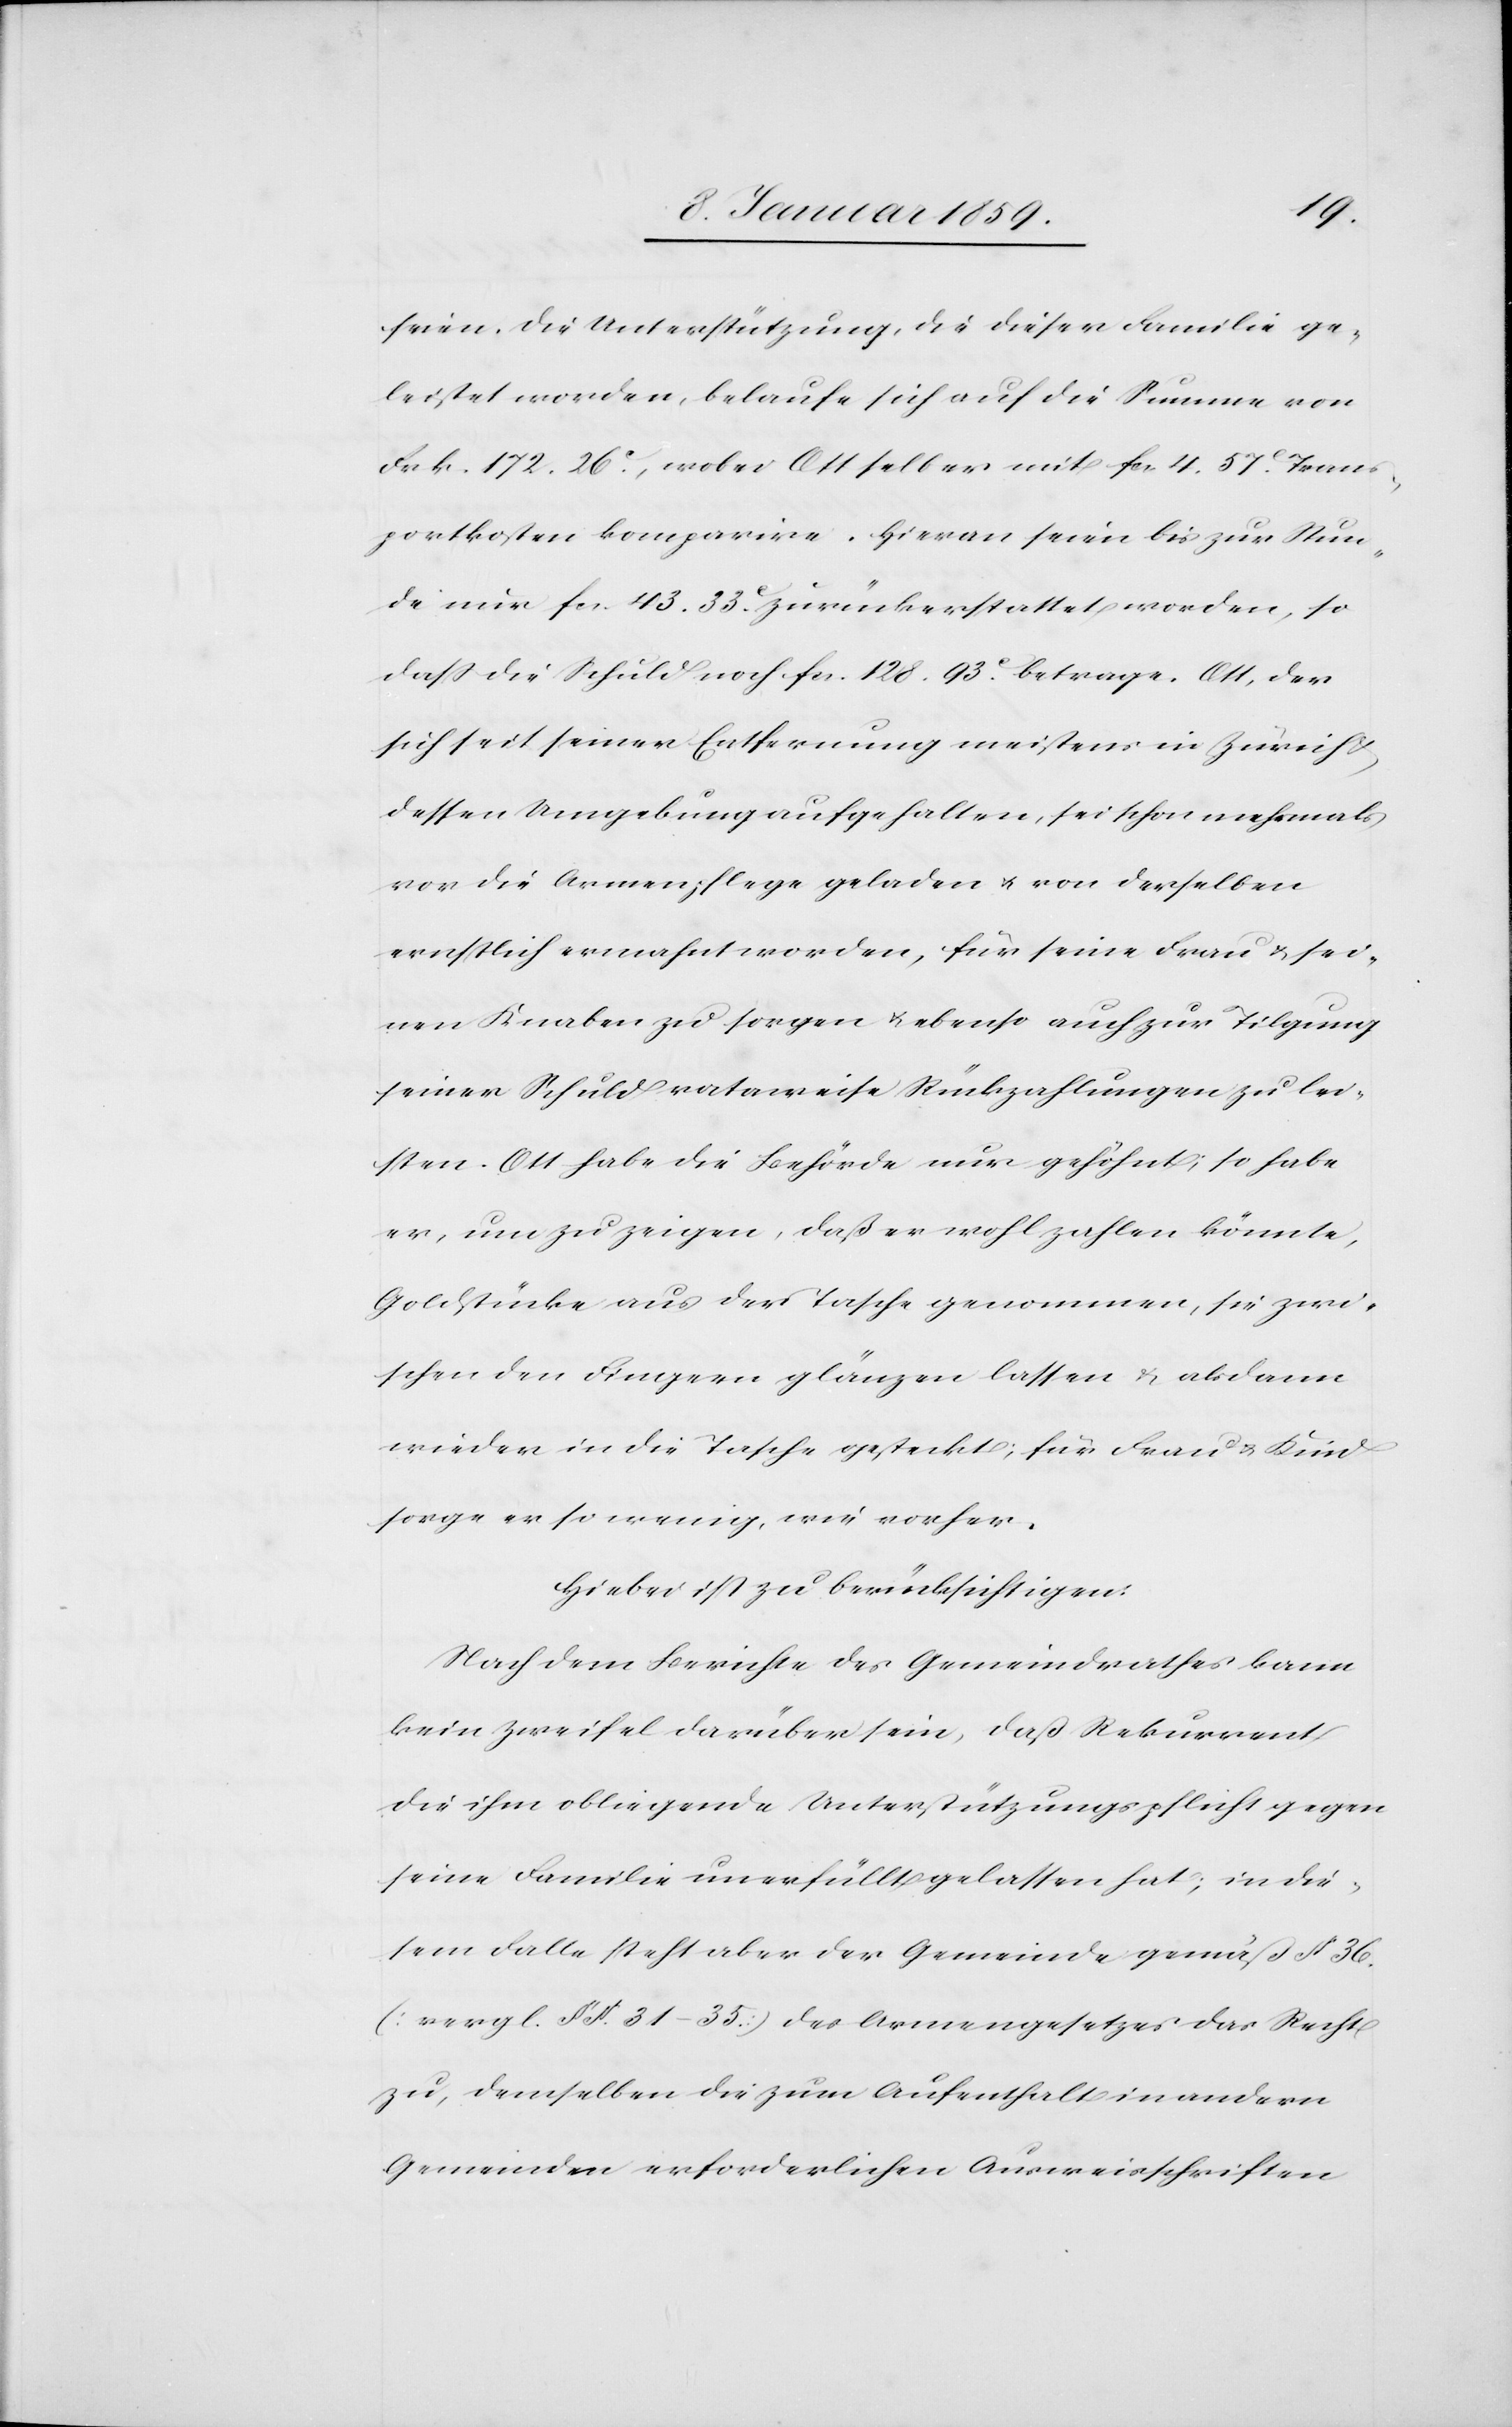
seien. Die Unterstützung, die dieser Familie ge¬
leistet worden, belaufe sich auf die Summe von
Frk. 172. 26.c, wobei Ott selber mit fcs 4. 57.c Trans¬
portkosten komparire. Hieran seien bis zur Stun¬
de nur fcs. 43. 33.c zurückerstattet worden, so
daß die Schuld noch fcs. 128. 93.c betrage. Ott, der
sich seit seiner Entfernung meistens in Zürich
dessen Umgebung aufgehalten, sei schon mehrmals
vor die Armenpflege geladen u. von derselben
ernstlich ermahnt worden, für seine Frau u. sei¬
nen Knaben zu sorgen u. ebenso auch zur Tilgung
seiner Schuld rataweise Rückzahlungen zu lei¬
sten. Ott habe die Behörde nur gehöhnt; so habe
er, um zu zeigen, daß er wohl zahlen könnte,
Goldstücke aus der Tasche genommen, sie zwi¬
schen den Fingern glänzen lassen u. alsdann
wieder in die Tasche gesteckt; für Frau u. Kind
sorge er so wenig, wie vorher.
Hiebei ist zu berücksichtigen:
Nach dem Berichte des Gemeindrathes kann
kein Zweifel darüber sein, daß Rekurrent
die ihm obliegende Unterstützungspflicht gegen
seine Familie unerfüllt gelassen hat; in die¬
sem Falle steht aber der Gemeinde gemäß § 36.
(vergl. §§. 31–35.) des Armengesetzes das Recht
zu, demselben die zum Aufenthalt in andern
Gemeinden erforderlichen Ausweisschriften